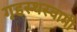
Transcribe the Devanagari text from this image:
गृहस्थस्वामी